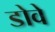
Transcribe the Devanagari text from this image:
डोवे